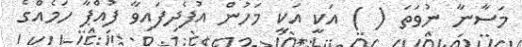
މަސާނާ ނުވަތަ ( ) އަކީ އަކީ މަހުން އުފެދިފައިވާ ފުއްޕާ ހަމެއްގެ